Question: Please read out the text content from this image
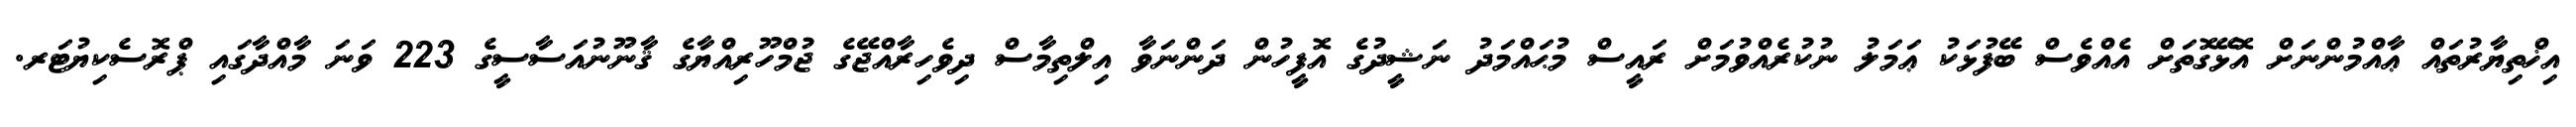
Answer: އިޚްތިޔާރުތައް ޢާއްމުންނަށް އޮޅޭގޮތަށް އެއްވެސް ބޭފުޅަކު ޢަމަލު ނުކުރެއްވުމަށް ރައީސް މުޙައްމަދު ނަޝީދުގެ އޮފީހުން ދަންނަވާ އިލްތިމާސް ދިވެހިރާއްޖޭގެ ޖުމްހޫރިއްޔާގެ ޤާނޫނުއަސާސީގެ 223 ވަނަ މާއްދާގައި ޕްރޮސެކިޔުޓަރ.